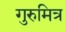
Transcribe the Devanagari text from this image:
गुरुमित्र